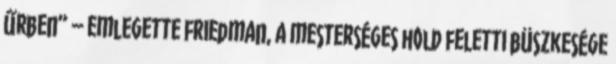
űrben” – emlegette Friedman, a mesterséges hold feletti büszkesége